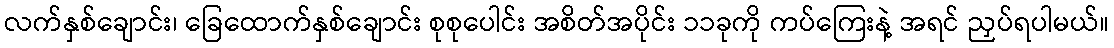
လက်နှစ်ချောင်း၊ ခြေထောက်နှစ်ချောင်း စုစုပေါင်း အစိတ်အပိုင်း ၁၁ခုကို ကပ်ကြေးနဲ့ အရင် ညှပ်ရပါမယ်။